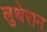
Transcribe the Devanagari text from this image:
लुथेरान